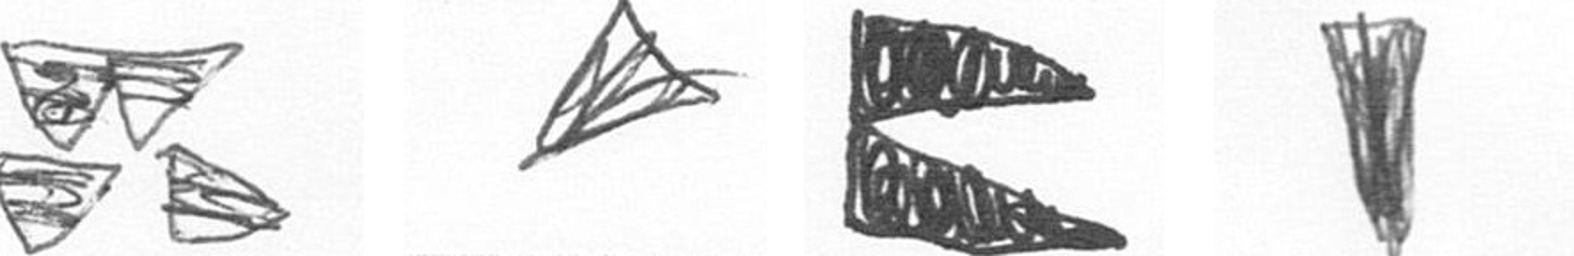
B O P J